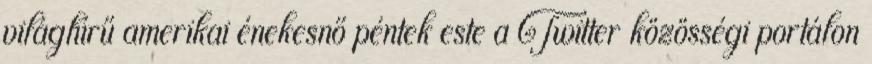
világhírű amerikai énekesnő péntek este a Twitter közösségi portálon